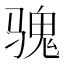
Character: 𱅡